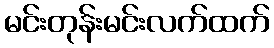
မင်းတုန်းမင်းလက်ထက်